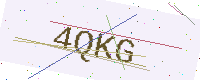
Text: 4QKG